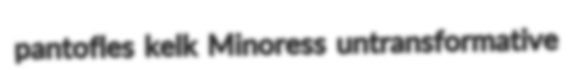
pantofles kelk Minoress untransformative